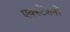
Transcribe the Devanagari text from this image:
एक्स्टेंशनों